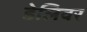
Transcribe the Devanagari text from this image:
डेलिवर